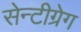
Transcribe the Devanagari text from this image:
सेन्टीग्रेग